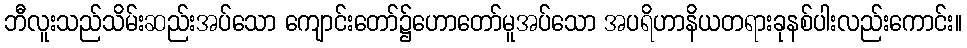
ဘီလူးသည်သိမ်းဆည်းအပ်သော ကျောင်းတော်၌ဟောတော်မူအပ်သော အပရိဟာနိယတရားခုနစ်ပါးလည်းကောင်း။